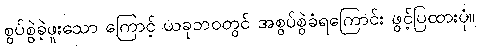
စွပ်စွဲခဲ့ဖူးသော ကြောင့် ယခုဘဝတွင် အစွပ်စွဲခံရကြောင်း ဖွင့်ပြထားပုံ။